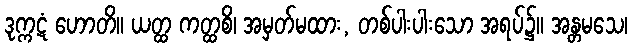
ဒုက္ကဋံ ဟောတိ။ ယတ္ထ ကတ္ထစိ၊ အမှတ်မထား, တစ်ပါးပါးသော အရပ်၌။ အန္တမသေ၊